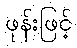
ဖုန်းဖြင့်